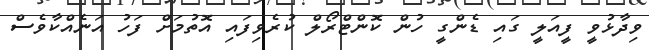
ވިދާޅުވީ ފީއަލީ ގައި ޑެންގީ ހުން ކޮންޓްރޯލް ކުރެވިފައި އޮތުމަށް ފަހު އަނެއްކާވެސް